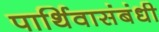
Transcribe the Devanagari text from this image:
पार्थिवासंबंधी